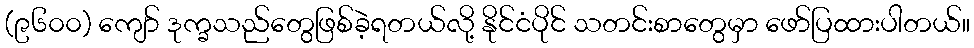
(၉၆၀၀) ကျော် ဒုက္ခသည်တွေဖြစ်ခဲ့ရတယ်လို့ နိုင်ငံပိုင် သတင်းစာတွေမှာ ဖော်ပြထားပါတယ်။